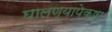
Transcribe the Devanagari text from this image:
घालण्यापेक्षा